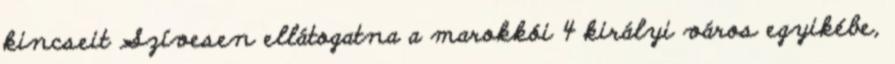
kincseit Szívesen ellátogatna a marokkói 4 királyi város egyikébe,